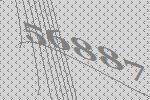
56887